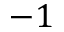
- 1